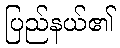
ပြည်နယ်၏